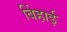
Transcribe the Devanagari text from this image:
बिंहाई